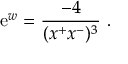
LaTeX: \mathrm { e } ^ { w } = { \frac { - 4 } { ( x ^ { + } x ^ { - } ) ^ { 3 } } } \ .